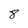
Character: 8